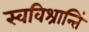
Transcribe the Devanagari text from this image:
स्वविश्रान्तिं